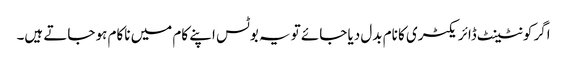
اگر کونٹینٹ ڈائریکٹری کا نام بدل دیا جائے تو یہ بوٹس اپنے کام میں ناکام ہو جاتے ہیں۔